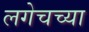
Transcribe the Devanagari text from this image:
लगेचच्या